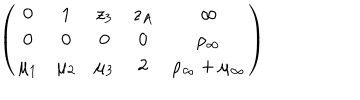
\left( \begin{array} { c c c c c } { { 0 } } & { { 1 } } & { { z _ { 3 } } } & { { z _ { A } } } & { { \infty } } \\ { { 0 } } & { { 0 } } & { { 0 } } & { { 0 } } & { { \rho _ { \infty } } } \\ { { \mu _ { 1 } } } & { { \mu _ { 2 } } } & { { \mu _ { 3 } } } & { { 2 } } & { { \rho _ { \infty } + \mu _ { \infty } } } \\ \end{array} \right)